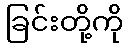
ခြင်းတို့ကို